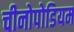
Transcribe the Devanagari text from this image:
चीनोपोडियम